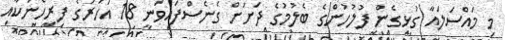
މި މައްސަލައާ ގުޅިގެން ފުލުހުންގެ ބެލުމުގެ ދަށަށް ގެނެސްފައިވަނީ 18 އަހަރުގެ ފިރިހެނަކާއި